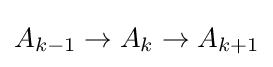
A_{k-1}\to A_{k}\to A_{k+1}